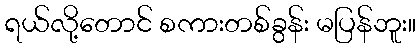
ရယ်လို့တောင် စကားတစ်ခွန်း မပြန်ဘူး။